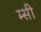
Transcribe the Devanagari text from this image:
म्सी